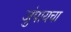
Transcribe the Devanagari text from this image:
जुंपायचा